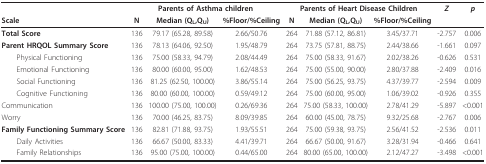
<table><thead><tr><td></td><td colspan="3"><b>Parents of Asthma children</b></td><td colspan="3"><b>Parents of Heart Disease Children</b></td><td><b><i>Z</i></b></td><td><b><i>p</i></b></td></tr><tr><td><b>Scale</b></td><td><b>N</b></td><td><b>Median (Q<sub>L</sub>,Q<sub>U</sub>)</b></td><td><b>%Floor/%Ceiling</b></td><td><b>N</b></td><td><b>Median (Q<sub>L</sub>,Q<sub>U</sub>)</b></td><td><b>%Floor/%Ceiling</b></td><td></td><td></td></tr></thead><tbody><tr><td><b>Total Score</b></td><td>136</td><td>79.17 (65.28, 89.58)</td><td>2.66/50.76</td><td>264</td><td>71.88 (57.12, 86.81)</td><td>3.45/37.71</td><td>-2.757</td><td>0.006</td></tr><tr><td><b>Parent HRQOL Summary Score</b></td><td>136</td><td>78.13 (64.06, 92.50)</td><td>1.95/48.79</td><td>264</td><td>73.75 (57.81, 88.75)</td><td>2.44/38.66</td><td>-1.661</td><td>0.097</td></tr><tr><td> Physical Functioning</td><td>136</td><td>75.00 (58.33, 94.79)</td><td>2.08/44.49</td><td>264</td><td>75.00 (58.33, 91.67)</td><td>2.02/38.26</td><td>-0.626</td><td>0.531</td></tr><tr><td> Emotional Functioning</td><td>136</td><td>80.00 (60.00, 95.00)</td><td>1.62/48.53</td><td>264</td><td>75.00 (55.00, 90.00)</td><td>2.80/37.88</td><td>-2.409</td><td>0.016</td></tr><tr><td> Social Functioning</td><td>136</td><td>81.25 (62.50, 100.00)</td><td>3.86/55.14</td><td>264</td><td>75.00 (56.25, 93.75)</td><td>4.37/39.77</td><td>-2.594</td><td>0.009</td></tr><tr><td> Cognitive Functioning</td><td>136</td><td>80.00 (60.00, 100.00)</td><td>0.59/49.12</td><td>264</td><td>75.00 (60.00, 95.00)</td><td>1.06/39.02</td><td>-0.926</td><td>0.355</td></tr><tr><td>Communication</td><td>136</td><td>100.00 (75.00, 100.00)</td><td>0.26/69.36</td><td>264</td><td>75.00 (58.33, 100.00)</td><td>2.78/41.29</td><td>-5.897</td><td>&lt;0.001</td></tr><tr><td>Worry</td><td>136</td><td>70.00 (46.25, 83.75)</td><td>8.09/39.85</td><td>264</td><td>60.00 (45.00, 78.75)</td><td>9.32/25.68</td><td>-2.767</td><td>0.006</td></tr><tr><td><b>Family Functioning Summary Score</b></td><td>136</td><td>82.81 (71.88, 93.75)</td><td>1.93/55.51</td><td>264</td><td>75.00 (59.38, 93.75)</td><td>2.56/41.52</td><td>-2.536</td><td>0.011</td></tr><tr><td> Daily Activities</td><td>136</td><td>66.67 (50.00, 83.33)</td><td>4.41/39.71</td><td>264</td><td>66.67 (50.00, 91.67)</td><td>3.28/31.94</td><td>-0.466</td><td>0.641</td></tr><tr><td> Family Relationships</td><td>136</td><td>95.00 (75.00, 100.00)</td><td>0.44/65.00</td><td>264</td><td>80.00 (65.00, 100.00)</td><td>2.12/47.27</td><td>-3.498</td><td>&lt;0.001</td></tr></tbody></table>